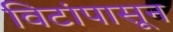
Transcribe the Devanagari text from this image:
विटांपासून